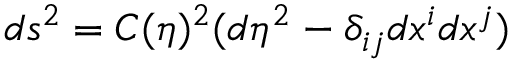
d s ^ { 2 } = C ( \eta ) ^ { 2 } ( d \eta ^ { 2 } - \delta _ { i j } d x ^ { i } d x ^ { j } )